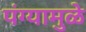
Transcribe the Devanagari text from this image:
पंग्यामुळे